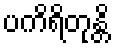
ပကိရိတုန္တိ